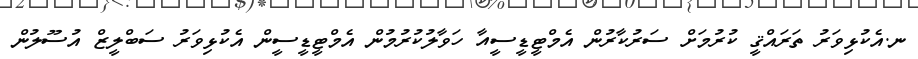
ނ.އެކުޅިވަރު ތަރައްޤީ ކުރުމަށް ސަރުކާރުން އެމްޓީޑީސީއާ ހަވާލުކުރުމުން އެމްޓީޑީސީން އެކުޅިވަރު ސަބްލީޒް އުސޫލުން